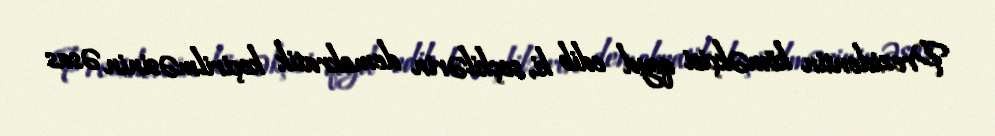
Prezidentin köməkçisi qeyd edib ki, seçkilərin demokratik keçirilməsinin əsas